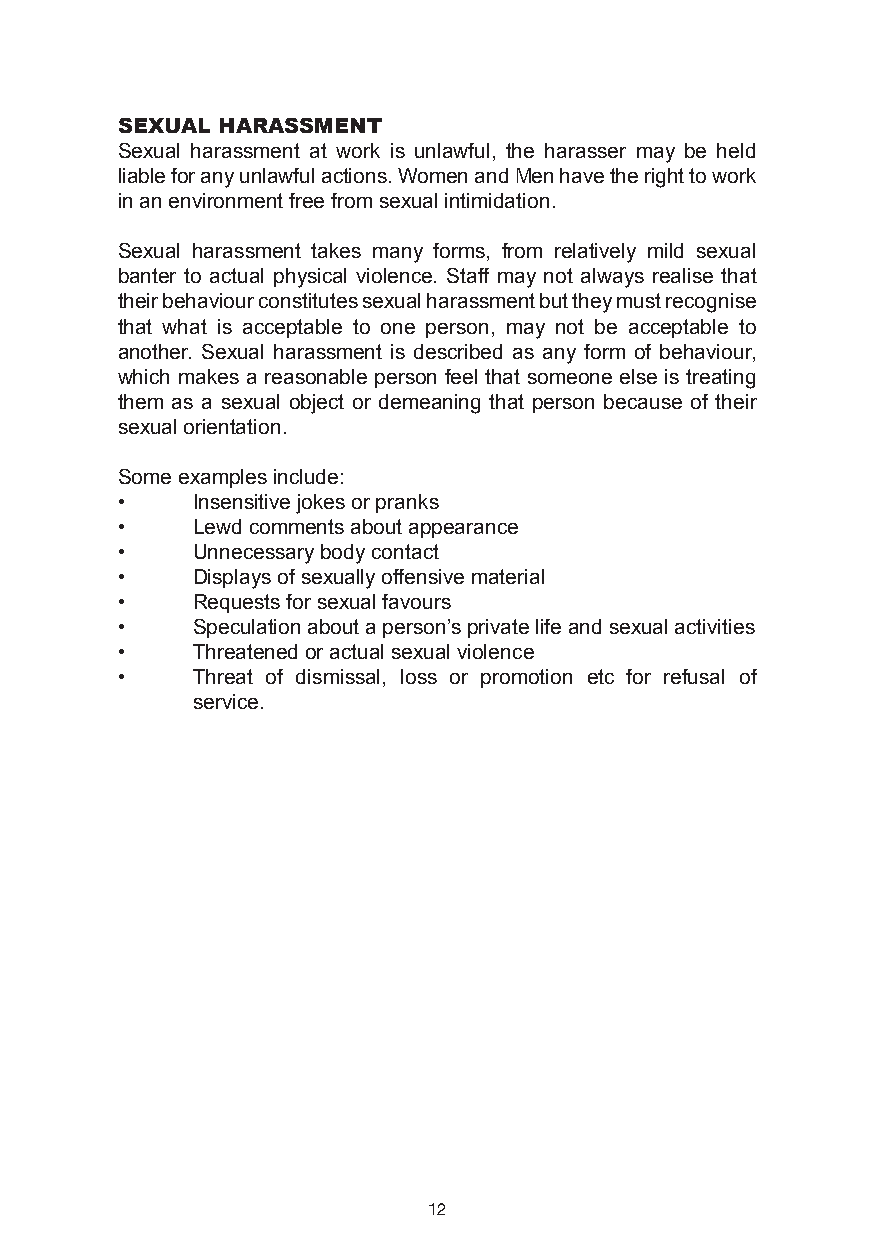
sexual harassment
 Sexual harassment at work is unlawful, the harasser may be held
 liable for any unlawful actions. Women and Men have the right to work
 in an environment free from sexual intimidation.
 Sexual harassment takes many forms, from relatively mild sexual
 banter to actual physical violence. Staff may not always realise that
 their behaviour constitutes sexual harassment but they must recognise
 that what is acceptable to one person, may not be acceptable to
 another. Sexual harassment is described as any form of behaviour,
 which makes a reasonable person feel that someone else is treating
 them as a sexual object or demeaning that person because of their
 sexual orientation.
 Some examples include:
 •    Insensitive jokes or pranks
 •    Lewd comments about appearance
 •    Unnecessary body contact
 •    Displays of sexually offensive material
 •    Requests for sexual favours
 •    Speculation about a person’s private life and sexual activities
 •    Threatened or actual sexual violence
 •    Threat of dismissal, loss or promotion etc for refusal of
 service.
 12